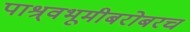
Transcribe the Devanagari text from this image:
पाश्र्वभूमीबरोबरच